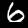
Label: 6